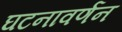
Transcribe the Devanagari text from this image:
घटनावर्णन